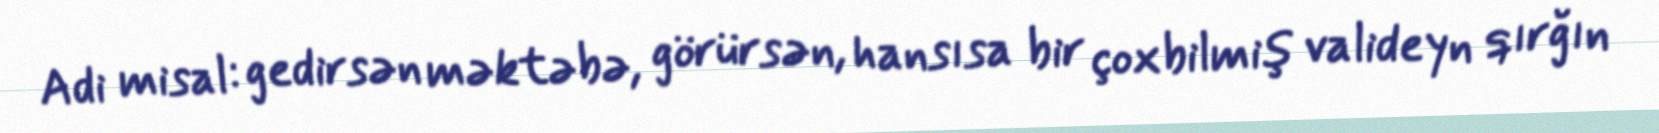
Adi misal: gedirsən məktəbə, görürsən, hansısa bir çoxbilmiş valideyn qırğın